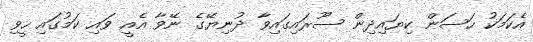
އެކަމަކު ހަސަން ކިޔައިދިން ސޫރައިގައިވާ ދުނިޔޭގެ ނޭވާ އެއީ ވައި ކަމުގައި ހީވި